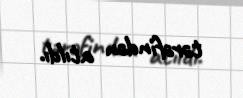
tərəfindən atıldı.